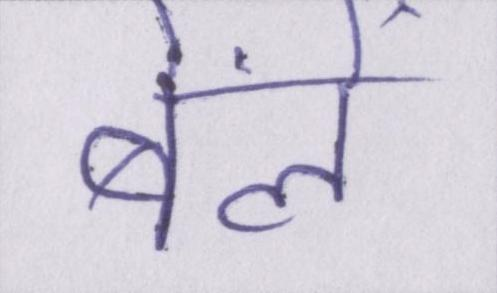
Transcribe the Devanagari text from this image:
बेंलें